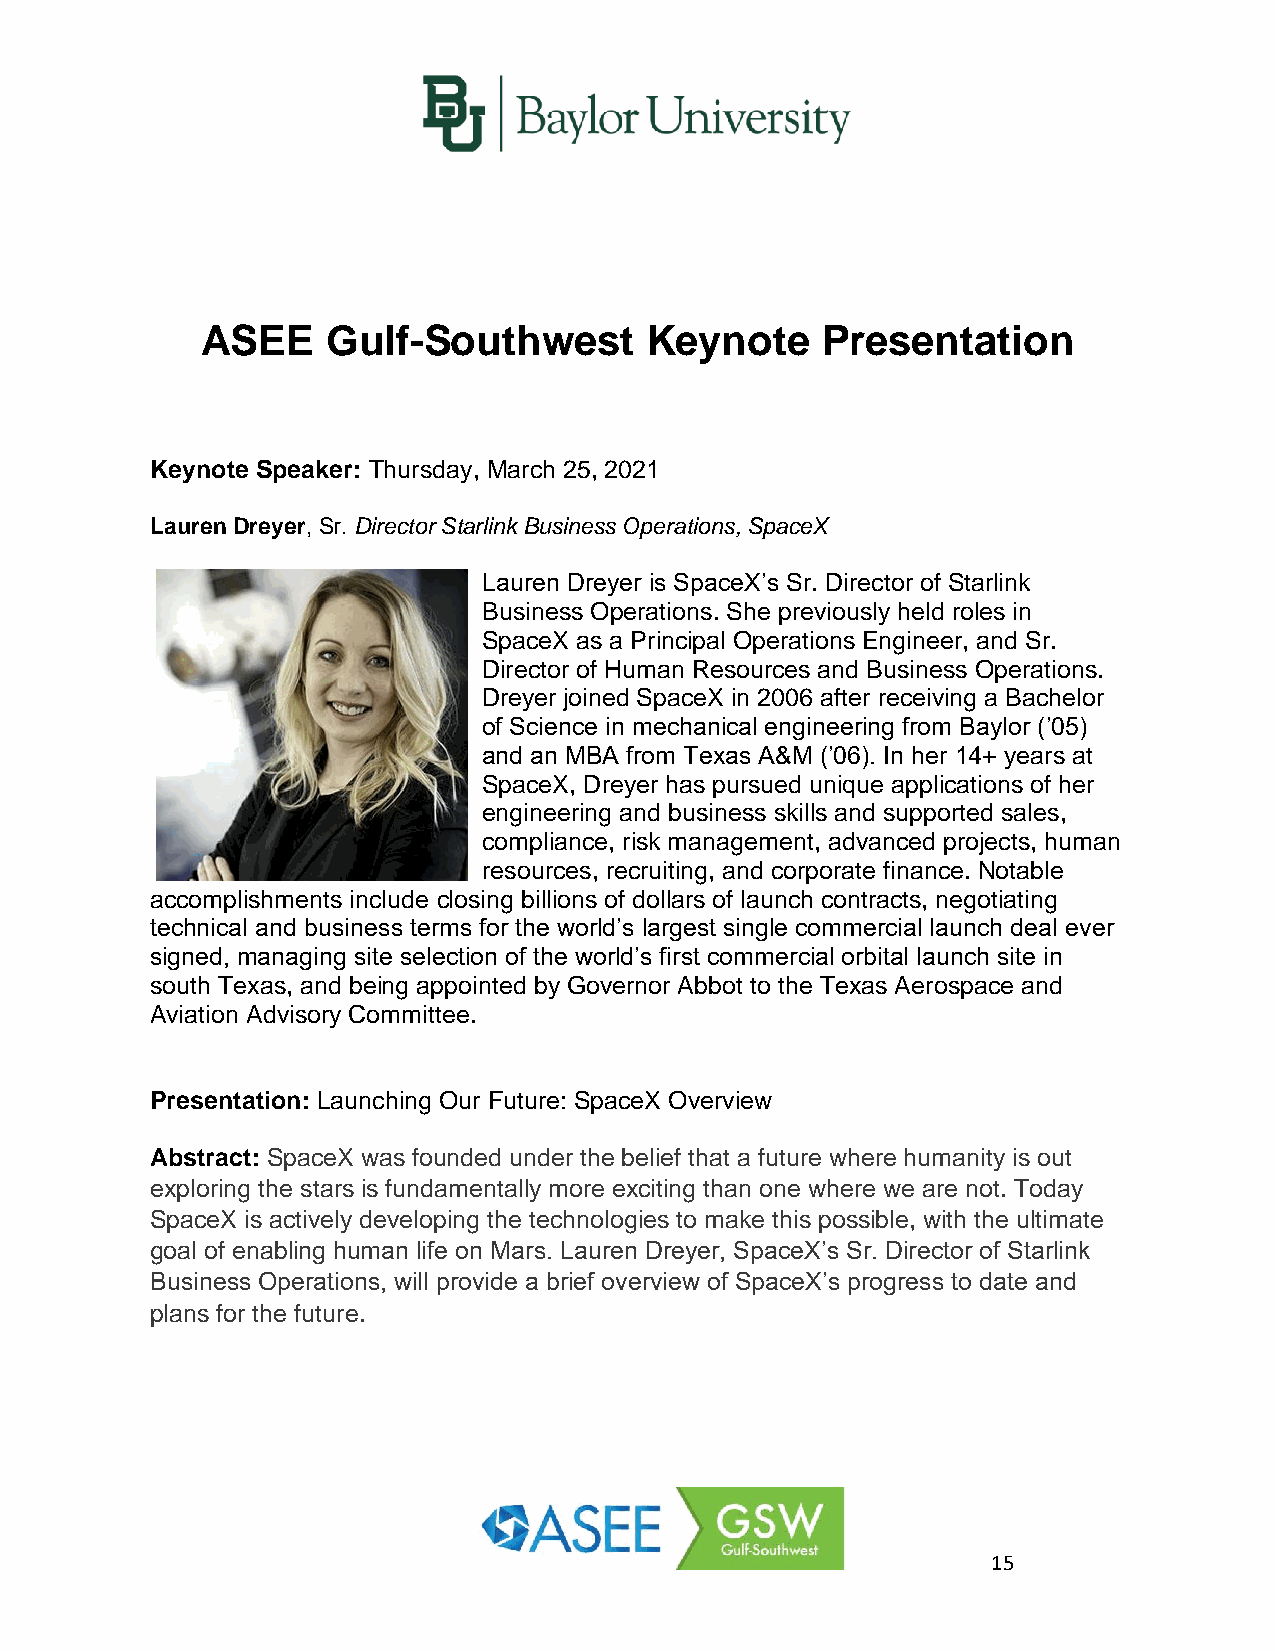
ASEE     Gulf-Southwest       Keynote    Presentation
 Keynote Speaker: Thursday, March 25, 2021
 Lauren Dreyer, Sr. Director Starlink Business Operations, SpaceX
 Lauren Dreyer is SpaceX’s Sr. Director of Starlink
 Business Operations. She previously held roles in
 SpaceX as a Principal Operations Engineer, and Sr.
 Director of Human Resources and Business Operations.
 Dreyer joined SpaceX in 2006 after receiving a Bachelor
 of Science in mechanical engineering from Baylor (’05)
 and an MBA from Texas A&M (’06). In her 14+ years at
 SpaceX, Dreyer has pursued unique applications of her
 engineering and business skills and supported sales,
 compliance, risk management, advanced projects, human
 resources, recruiting, and corporate finance. Notable
 accomplishments include closing billions of dollars of launch contracts, negotiating
 technical and business terms for the world’s largest single commercial launch deal ever
 signed, managing site selection of the world’s first commercial orbital launch site in
 south Texas, and being appointed by Governor Abbot to the Texas Aerospace and
 Aviation Advisory Committee.
 Presentation: Launching Our Future: SpaceX Overview
 Abstract: SpaceX was founded under the belief that a future where humanity is out
 exploring the stars is fundamentally more exciting than one where we are not. Today
 SpaceX is actively developing the technologies to make this possible, with the ultimate
 goal of enabling human life on Mars. Lauren Dreyer, SpaceX’s Sr. Director of Starlink
 Business Operations, will provide a brief overview of SpaceX’s progress to date and
 plans for the future.
 15